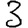
Digit: 3